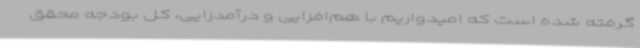
گرفته شده است که امیدواریم با هم‌افزایی و درآمدزایی، کل بودجه محقق